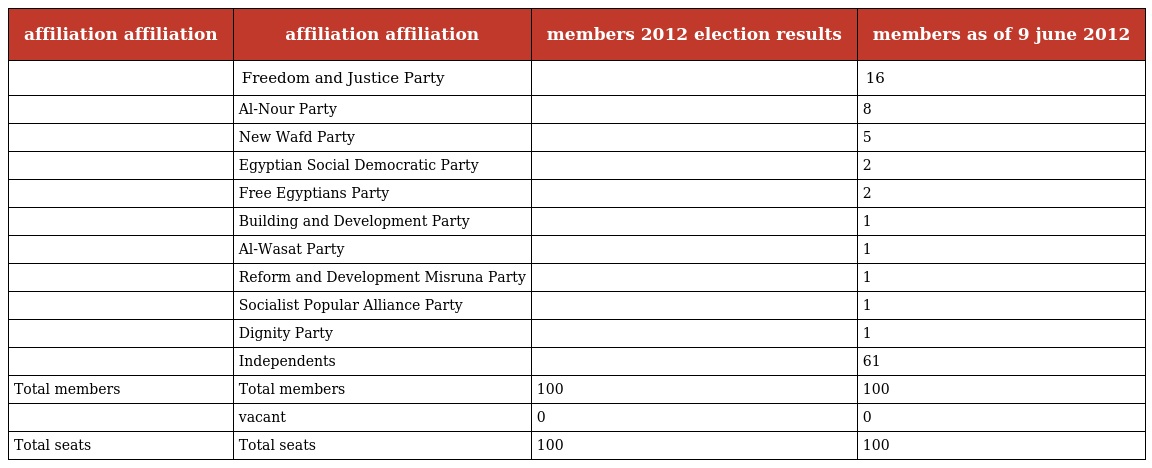
| affiliation affiliation | affiliation affiliation | members 2012 election results | members as of 9 june 2012 |
 | --- | --- | --- | --- |
 |  | Freedom and Justice Party |  | 16 |
 |  | Al-Nour Party |  | 8 |
 |  | New Wafd Party |  | 5 |
 |  | Egyptian Social Democratic Party |  | 2 |
 |  | Free Egyptians Party |  | 2 |
 |  | Building and Development Party |  | 1 |
 |  | Al-Wasat Party |  | 1 |
 |  | Reform and Development Misruna Party |  | 1 |
 |  | Socialist Popular Alliance Party |  | 1 |
 |  | Dignity Party |  | 1 |
 |  | Independents |  | 61 |
 | Total members | Total members | 100 | 100 |
 |  | vacant | 0 | 0 |
 | Total seats | Total seats | 100 | 100 |